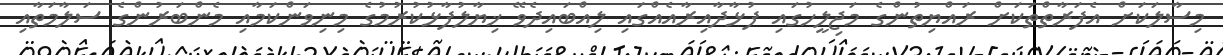
މިސާލަކަށް އެފަރާތްތަކަށް ރައްޔިތުންގެ މަޖިލީހުގައި ފުޅާދާއިރާއެއްގައި ލިއްބައިދެވޭ ޚިޔާލުފާޅުކުރުމުގެ މިނިވަންކަމާއި މެންބަރުންގެ ސަލާމަތާއި